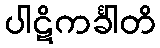
ပါဋိကင်္ခါတိ